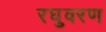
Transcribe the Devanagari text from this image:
रघुवरण